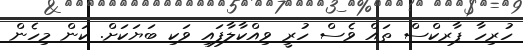
ހުރިހާ ޕާރކްސް ތައް ވެސް ހުރީ ވިއްކާލާފައި ވަކި ބަޔަކަށް. ކަން މިހެން